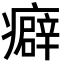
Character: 癖